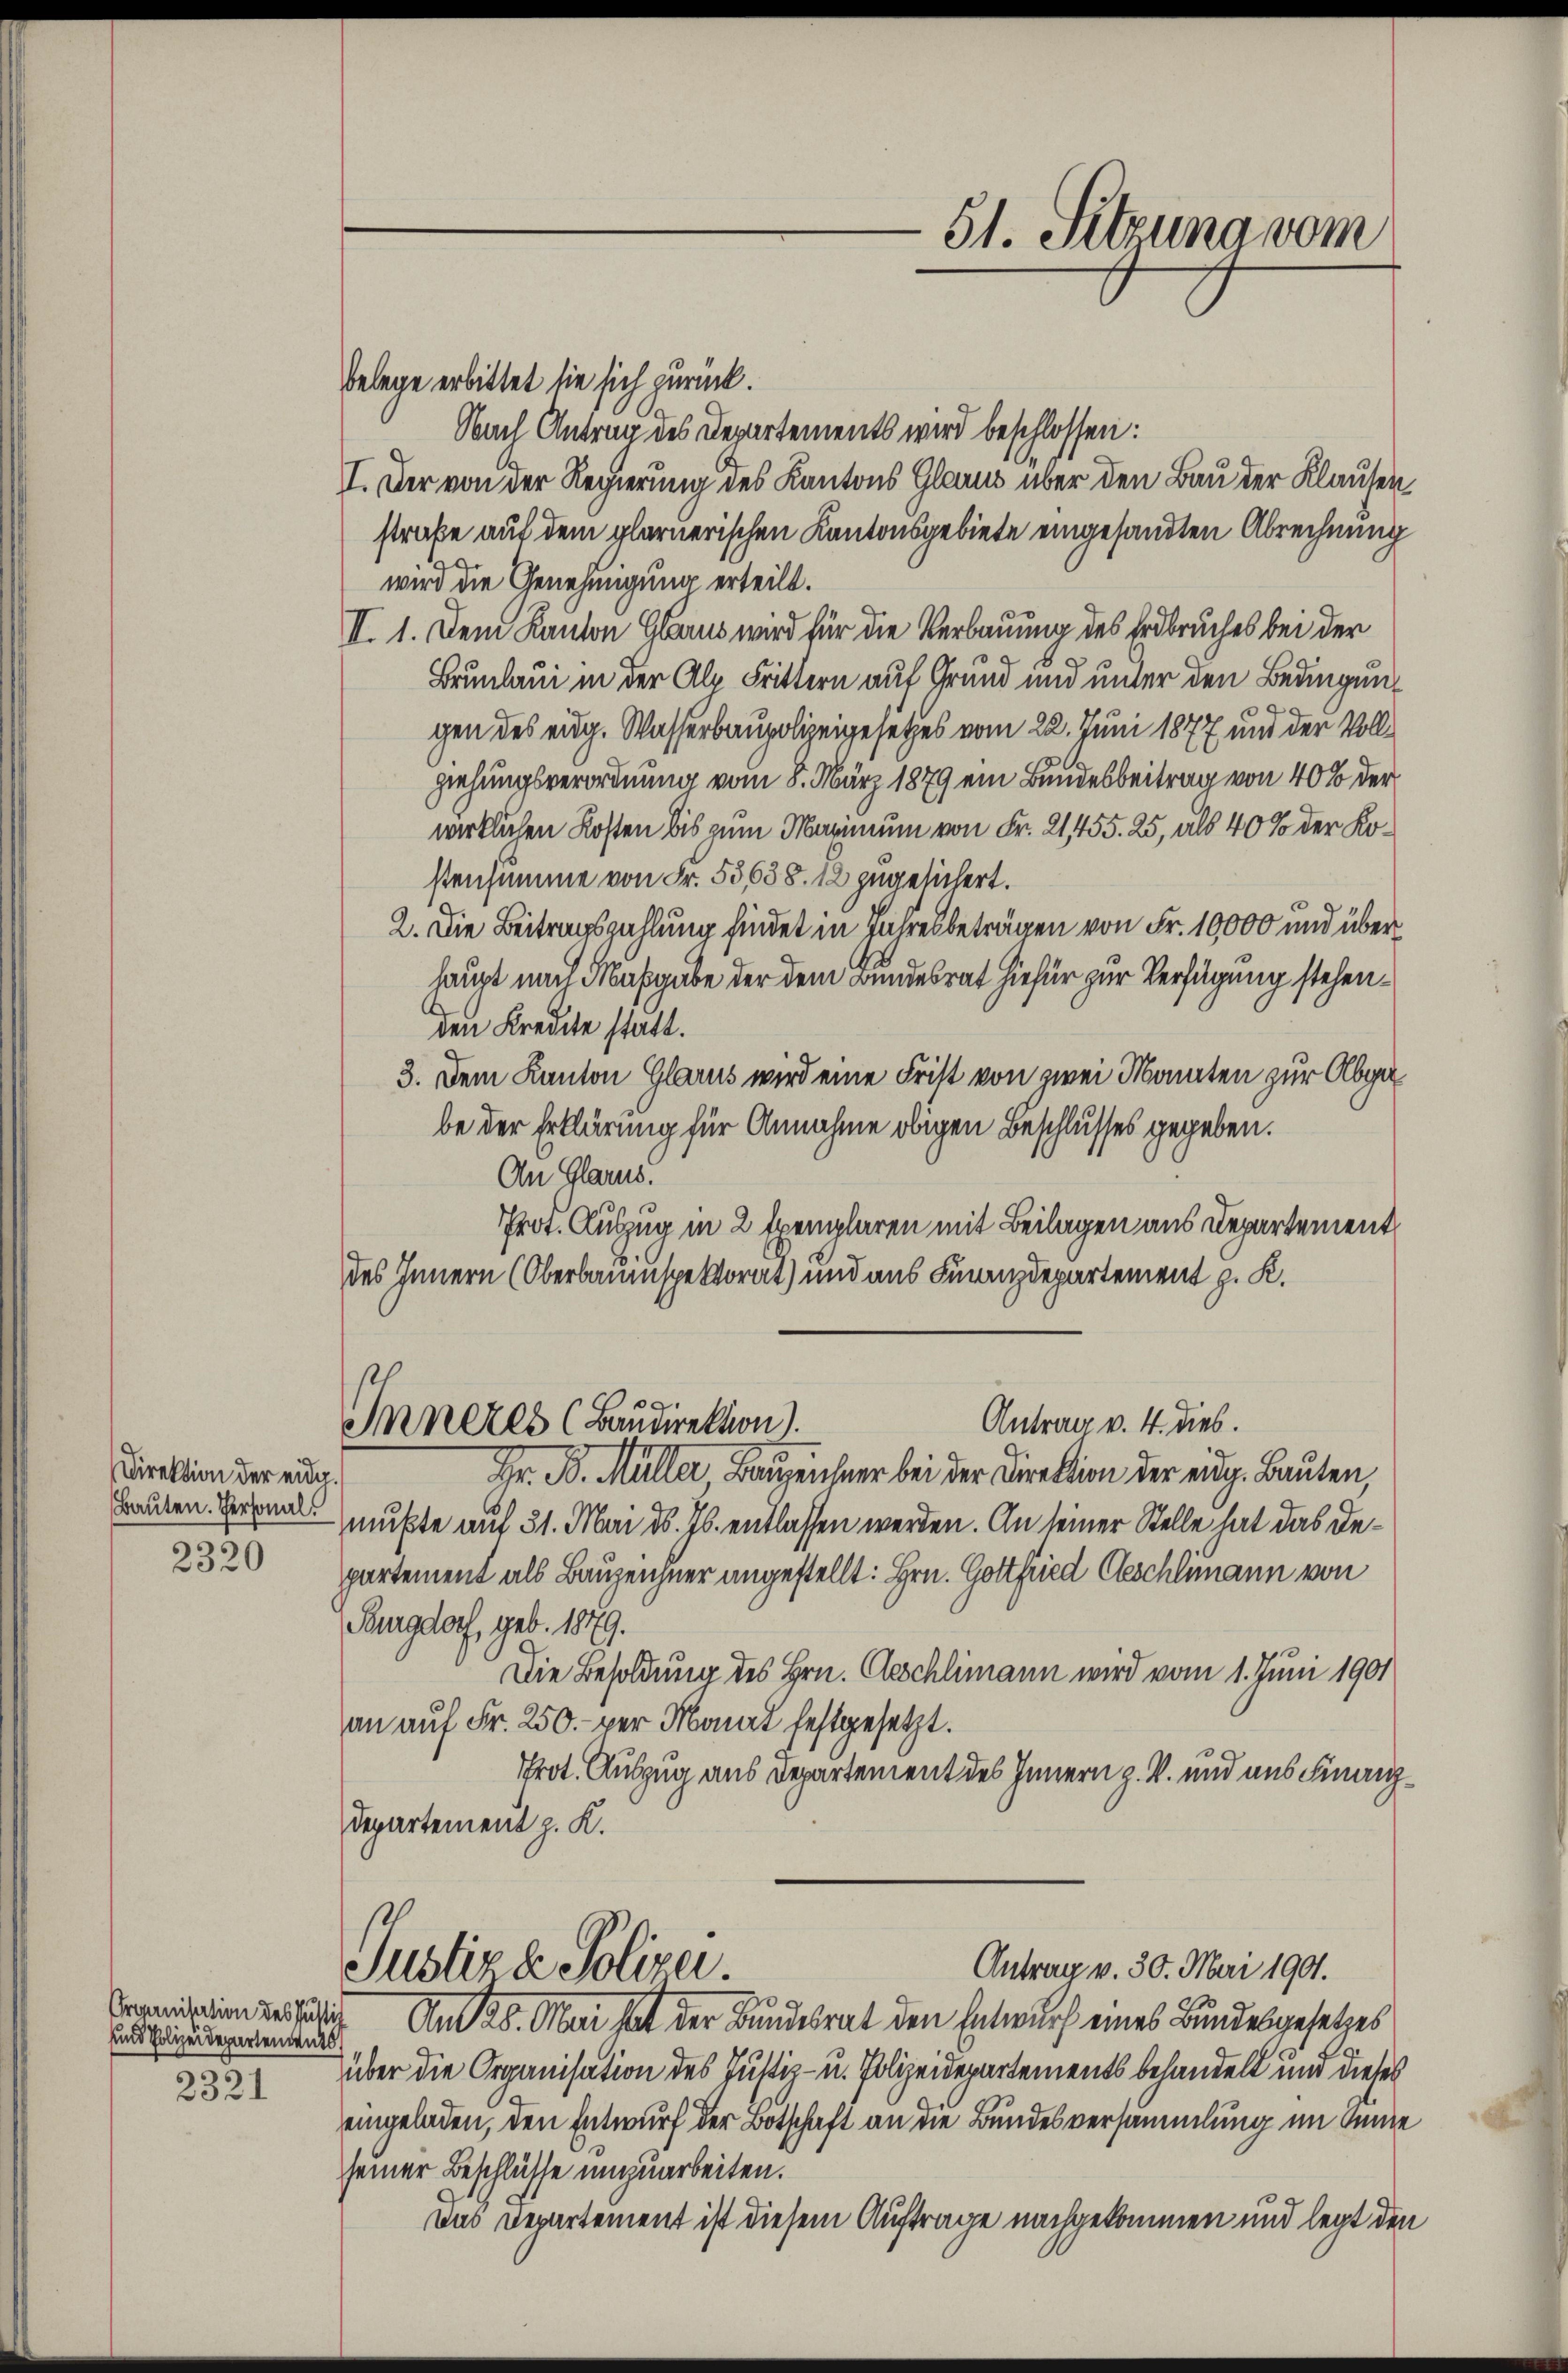
Direktion der eidg.
Bauten. Personal¬

2320

und Polizeidepartements

2321

Belege erbittet sie sich zurück.
Nach Antrag des Departements wird beschlossen:
I. Der von der Regierung des Kantons Glarus über den Bau der Klausenstraße auf dem plarnerischen Kantonsgebiete eingesandten Abrechnung
wird die Genehmigung erteilt.
II. 1. Dem Kanton Glarus wird für die Verbauung des Erdbruches bei der
Brunlaui in der Alp Frittern auf Grund und unter den Bedingun¬
29
gen des eidg. Wasserbaupolizeigesetzes vom 22. Juni 1877 mit der Vollziehungsverordnung vom 8. März 1879 ein Bundesbeitrag von 40% der
wirklichen Kosten bis zum Marinium von Fr. 21455. 25, als 40% der Kostensumme von Fr. 55638. 12 zugesichert.
2. Die Beitragszahlung findet in Jahresbeträgen von Fr. 10000 und über
haupt nach Maßgabe der dem Bundesrat hiefür zur Verfügung stehenden Kredite statt.
3. Dem Kanton Glarus wird eine Frist von zwei Monaten zur Olberbe der Erklärung für Annahme obigen Beschlusses gegeben.
An Glarus.
.
Prot. Auszug in 2 Exemplaren mit Beilagen aus Departement
des Innern (Oberbauinspektorat) und aus Finanzdepartement z. K.
Antrag v. 4. dies.
Inneres (Baudirektion).
Hr. B. Müller, Bauzeichner bei der Direktion der eidg. Bauten,
mußte auf 31. Mai d. Js. entlassen werden. An seiner Stelle hat das Departement als Bauzeichner angestellt: Hrn. Gottfried Geschlimann von
Burgdorf, geb. 1879.
Die Besoldung des Hrn. Geschlimann wird vom 1. Juni 1901
an auf Fr. 250.- per Monat festgesetzt.
Prot. Auszug aus Departement des Innern z. B. und aus Finanz¬
Departement z. K.
Antrag v. 30. Mai 1901.
Justiz & Polizei.
Cornigin verfältig. Am 26. Mai hat der Bundesrat den Entwurf eines Bundesgesetzes
über die Organisation des Justiz- u. Polizeidepartements behandelt und dieses
eingeladen, den Entwurf der Botschaft an die Bundesversammlung im Ante
seiner Beschlüsse umzuarbeiten.
Das Departement ist diesem Auftrage nachgekommen und legt den

51. Sitzung vom